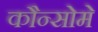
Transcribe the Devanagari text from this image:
कौन्सोमे